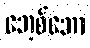
ဘေ့စ်ဘော